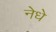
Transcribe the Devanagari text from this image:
नेधे